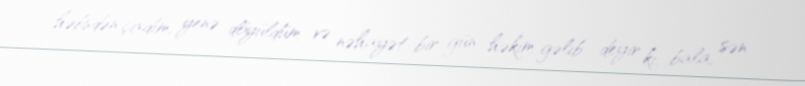
həbsdən çıxdım, yenə döyüldüm və nəhayət bir gün həkim gəlib deyir ki, bala, sən